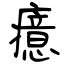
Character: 癔